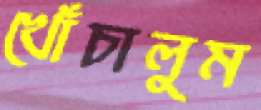
খোঁচালুম